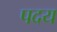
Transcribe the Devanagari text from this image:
पदय